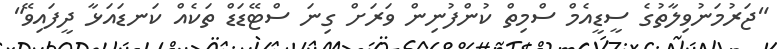
"ޖަރުމަނުވިލާތުގެ ސީޑީއެމް ސްމިތް ކުންފުނިން ވަރަށް ގިނަ ސްޓޭޑަޑް ތަކެއް ކަނޑައަޅާ ދީފައިވޭ"